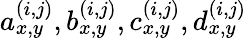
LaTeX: a_{x,y}^{(i,j)},b_{x,y}^{(i,j)},c_{x,y}^{(i,j)},d_{x,y}^{(i,j)}